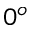
0 ^ { o }